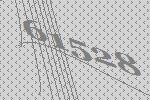
61528